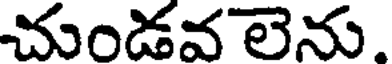
చుండవ లెను.